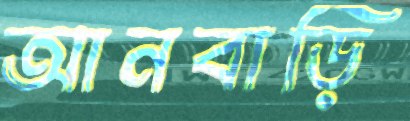
আনবাড়ি